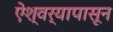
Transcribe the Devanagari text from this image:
ऐश्वर्यापासून